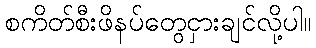
စကိတ်စီးဖိနပ်တွေငှားချင်လို့ပါ။